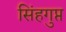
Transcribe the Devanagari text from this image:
सिंहगुप्त